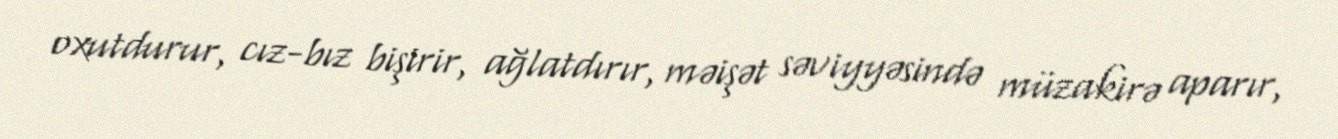
oxutdurur, cız-bız bişirir, ağlatdırır, məişət səviyyəsində müzakirə aparır,